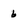
Character: 6